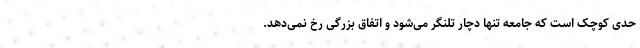
حدی کوچک است که جامعه تنها دچار تلنگر می‌شود و اتفاق بزرگی رخ نمی‌دهد.